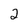
Character: 2